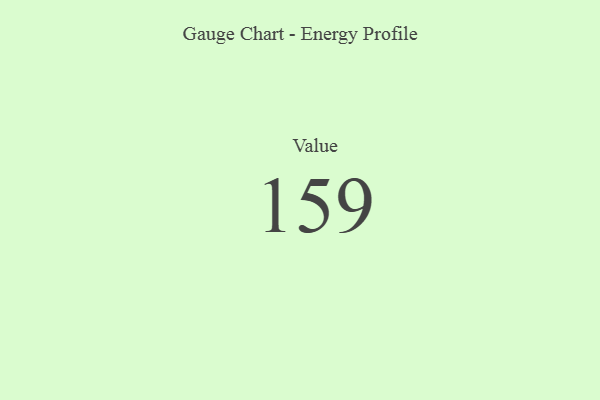
{"axis": {"x": "Metric", "y": "Value"}, "legend": [""], "data": [{"x": "Value", "y": 159, "type": ""}]}